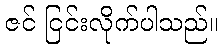
ဇင် ငြင်းလိုက်ပါသည်။